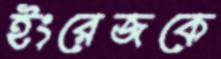
ইংরেজকে